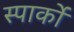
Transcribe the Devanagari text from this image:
स्पार्को